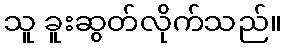
သူ ခူးဆွတ်လိုက်သည်။